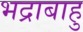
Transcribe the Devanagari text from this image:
भद्राबाहु